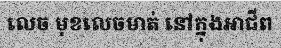
លេច មុខលេចមាត់ នៅក្នុងអាជីព